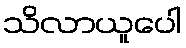
သိလာယူပေါ